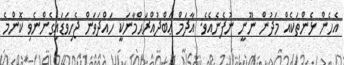
އެހެން ޅެންތަކެއް މަދުން ނޫނީ ނުފެނެއެވެ. އާދަމް ޢަބްދުއްރަޙްމާނަކީ ހައްދަވަން ޖެހިވަޑައިގެންނެވި ކޮންމެ